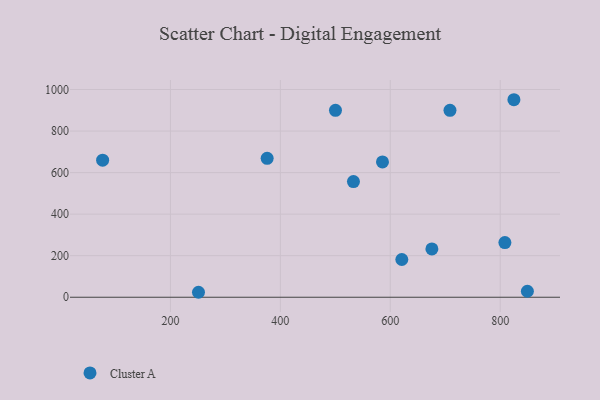
{"axis": {"x": "Experience", "y": "Yield"}, "legend": ["Cluster A"], "data": [{"x": "621.0", "y": 181.6, "type": "Cluster A"}, {"x": "849.4", "y": 28.8, "type": "Cluster A"}, {"x": "251.1", "y": 23.9, "type": "Cluster A"}, {"x": "808.5", "y": 263.1, "type": "Cluster A"}, {"x": "585.8", "y": 651.5, "type": "Cluster A"}, {"x": "675.7", "y": 232.6, "type": "Cluster A"}, {"x": "824.9", "y": 950.8, "type": "Cluster A"}, {"x": "76.7", "y": 660.0, "type": "Cluster A"}, {"x": "500.3", "y": 900.0, "type": "Cluster A"}, {"x": "376.0", "y": 668.8, "type": "Cluster A"}, {"x": "708.6", "y": 900.0, "type": "Cluster A"}, {"x": "533.0", "y": 556.6, "type": "Cluster A"}]}